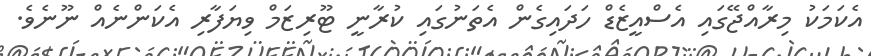
އެކަމަކު މިރާއްޖޭގައި އެސްއީޒެޑް ހަދައިގެން އެތަނުގައި ކުރާނީ ޓޫރިޒަމް ވިޔަފާރި އެކަންނެއް ނޫނެވެ.